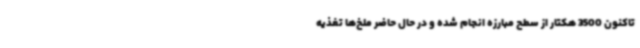
تاکنون 3500 هکتار از سطح مبارزه انجام شده و در حال حاضر ملخ‌ها تغذیه